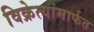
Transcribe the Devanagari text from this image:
विक्रेत्यांमार्फत